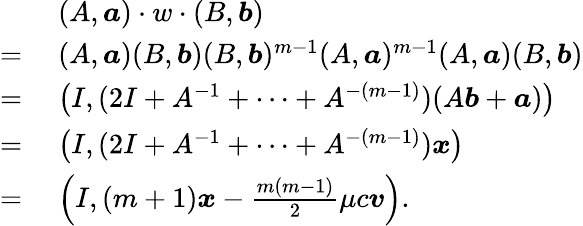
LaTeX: \begin{array}{rl}&{(A,\boldsymbol{a})\cdot w\cdot(B,\boldsymbol{b})}\\ {=\; }&{(A,\boldsymbol{a})(B,\boldsymbol{b})(B,\boldsymbol{b})^{m-1}(A,\boldsymbol{a})^{m-1}(A,\boldsymbol{a})(B,\boldsymbol{b})}\\ {=\; }&{\left(I,(2I+A^{-1}+\cdots+A^{-(m-1)})(A\boldsymbol{b}+\boldsymbol{a})\right)}\\ {=\; }&{\left(I,(2I+A^{-1}+\cdots+A^{-(m-1)})\boldsymbol{x}\right)}\\ {=\; }&{\left(I,(m+1)\boldsymbol{x}-\frac{m(m-1)}{2}\mu c\boldsymbol{v}\right).}\end{array}